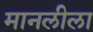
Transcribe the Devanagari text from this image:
मानलीला